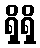
ရှိရှိ